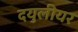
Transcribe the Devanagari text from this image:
दयुलीयर